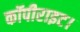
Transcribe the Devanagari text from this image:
कॉपीराइट।